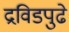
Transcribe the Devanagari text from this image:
द्रविडपुढे